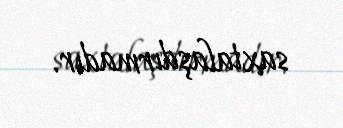
saxtalaşdırmadır.